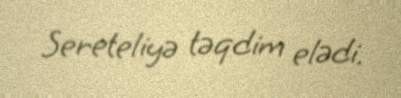
Sereteliyə təqdim elədi.